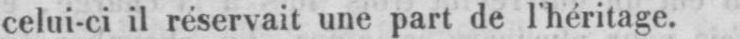
celui-ci il réservait une part de l’héritage.